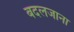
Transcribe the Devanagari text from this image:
बदलजाना